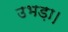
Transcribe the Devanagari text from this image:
उभड़ा।